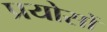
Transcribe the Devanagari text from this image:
प्रयोसों